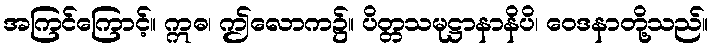
အကြင်ကြောင့်။ ဣဓ၊ ဤလောက၌။ ပိတ္တသမုဋ္ဌာနာနိပိ၊ ဝေဒနာတို့သည်။